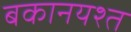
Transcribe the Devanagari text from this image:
बकानयश्त